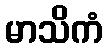
မာသိကံ